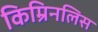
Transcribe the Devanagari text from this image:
किम्रिनलिस